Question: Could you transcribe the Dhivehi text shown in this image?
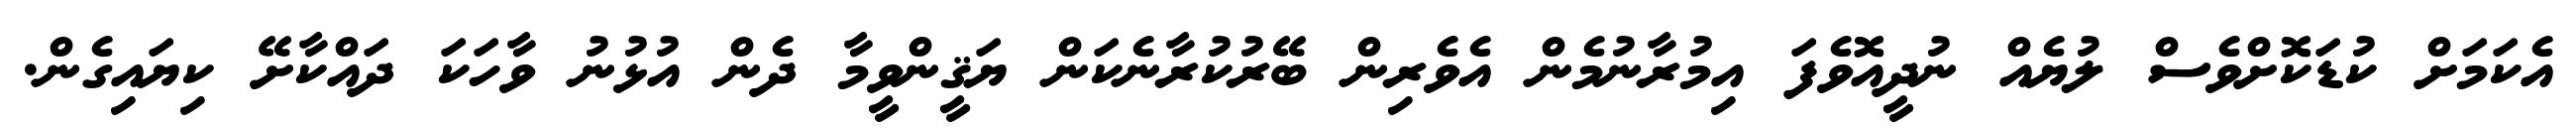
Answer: އެކަމަށް ކުޑަކޮށްވެސް ލުޔެއް ނުދީއޮވެފަ އިމުރާނުމެން އެވެރިން ބޭރުކުރާނެކަން ޔަޤީންވީމާ ދެން އުޅުނު ވާހަކަ ދައްކާށޭ ކިޔައިގެން.